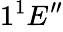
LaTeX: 1^{1}E_{}^{\prime\prime}